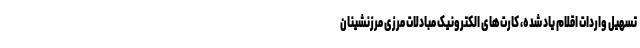
تسهیل واردات اقلام یاد شده، کارت‌های الکترونیک مبادلات مرزی مرزنشینان